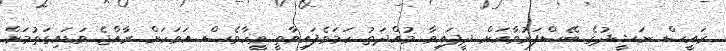
ރައީސް ނަޝީދުގެ ބޭސްފަރުވާއަށް ދީފައިވާ މުއްދަތު ހަމަވެފައިވާތީ ވީހާވެސް އަވަހަށް ރާއްޖެ ވަޑައިގަތުމަށް